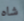
شاه